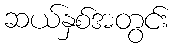
ဆယ်နှစ်အတွင်း